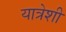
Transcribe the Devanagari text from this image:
यात्रेशी